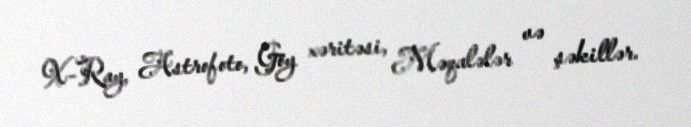
X-Ray, Astrofoto, Göy xəritəsi, Məqalələr və şəkillər.